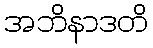
အဘိနာဒတိ